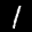
Label: 1